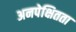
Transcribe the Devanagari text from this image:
अनपेक्षितता